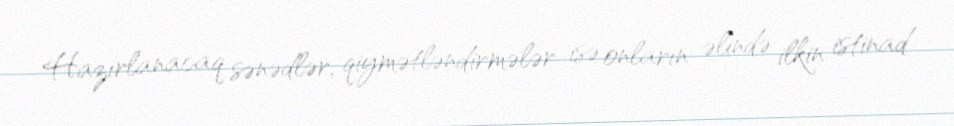
Hazırlanacaq sənədlər, qiymətləndirmələr isə onların əlində ilkin istinad